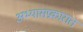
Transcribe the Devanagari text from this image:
अभ्यासप्रकारात